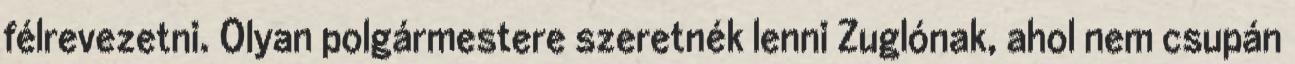
félrevezetni. Olyan polgármestere szeretnék lenni Zuglónak, ahol nem csupán